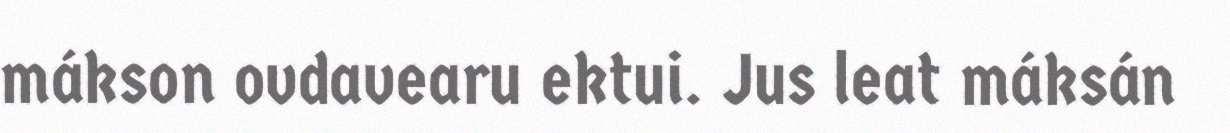
mákson ovdavearu ektui. Jus leat máksán